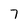
Character: 7